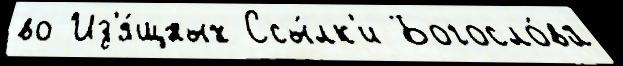
во Из'я́щных Ссы́лк'и Богосло́ва